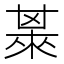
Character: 𣗅